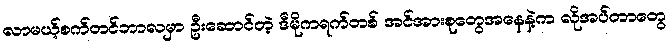
လာမယ့်စက်တင်ဘာလမှာ ဦးဆောင်တဲ့ ဒီမိုကရက်တစ် အင်အားစုတွေအနေနဲ့က လိုအပ်တာတွေ